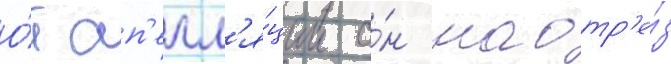
О́т ап'елл'я́ции о́н наотр'е́з